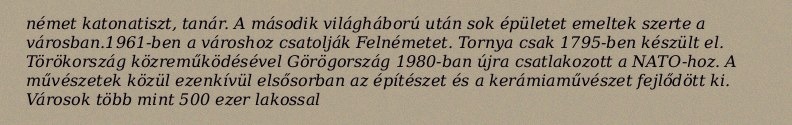
német katonatiszt, tanár. A második világháború után sok épületet emeltek szerte a városban.1961-ben a városhoz csatolják Felnémetet. Tornya csak 1795-ben készült el. Törökország közreműködésével Görögország 1980-ban újra csatlakozott a NATO-hoz. A művészetek közül ezenkívül elsősorban az építészet és a kerámiaművészet fejlődött ki. Városok több mint 500 ezer lakossal